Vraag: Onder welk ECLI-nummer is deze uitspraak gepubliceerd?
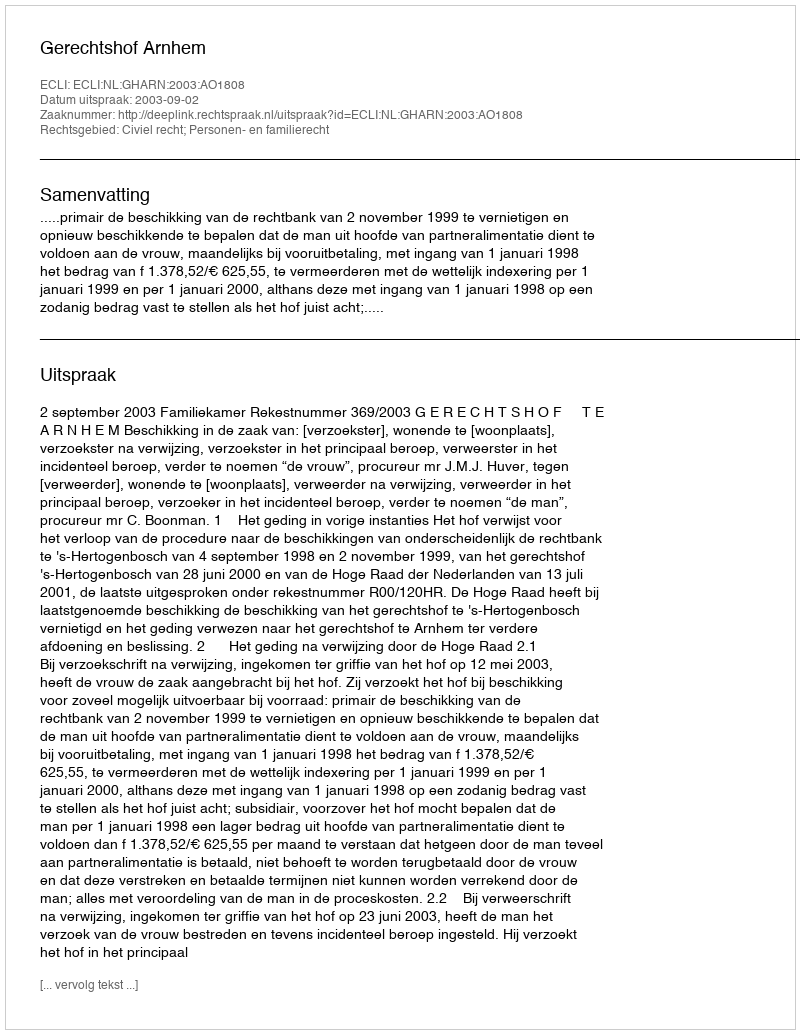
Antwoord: ECLI:NL:GHARN:2003:AO1808